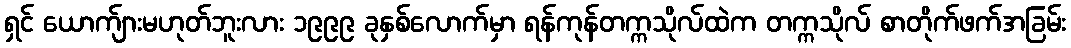
ရှင် ယောက်ျားမဟုတ်ဘူးလား ၁၉၉၉ ခုနှစ်လောက်မှာ ရန်ကုန်တက္ကသိုလ်ထဲက တက္ကသိုလ် စာတိုက်ဖက်အခြမ်း